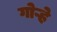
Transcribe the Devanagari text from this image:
गोऱ्हे